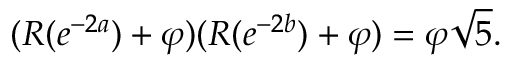
( R ( e ^ { - 2 a } ) + \varphi ) ( R ( e ^ { - 2 b } ) + \varphi ) = \varphi { \sqrt { 5 } } .